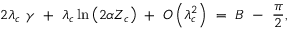
2 { \lambda } _ { c } \ \gamma \ + \ { \lambda } _ { c } \ln \left( { 2 \alpha { Z } _ { c } } \right) \ + \ { \cal O } \left( { { \lambda } _ { c } ^ { 2 } } \right) \ = \ B \ - \ { \frac { \pi } { 2 } } ,